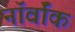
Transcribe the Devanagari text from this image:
नॉर्वॉक